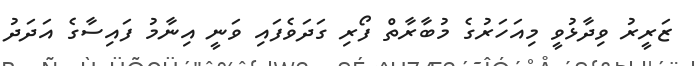
ޒަރީރު ވިދާޅުވީ މިއަހަރުގެ މުބާރާތް ފޯރި ގަދަވެފައި ވަނީ އިނާމު ފައިސާގެ އަދަދު